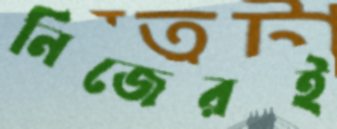
নিজেরই